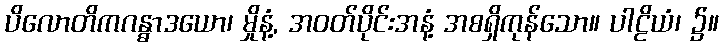
ပိလောတိကဂန္ဓာဒယော၊ မှိုနံ့, အဝတ်ပိုင်းအနံ့ အစရှိကုန်သော။ ပါဠိယံ၊ ၌။